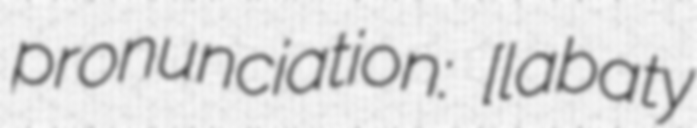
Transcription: pronunciation: ​[labaty